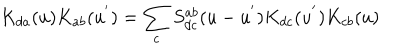
K _ { d a } ( u ) K _ { a b } ( u ^ { ' } ) = \sum _ { c } S _ { d c } ^ { a b } ( u - u ^ { ' } ) K _ { d c } ( u ^ { ' } ) K _ { c b } ( u )